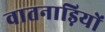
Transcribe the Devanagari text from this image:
वातनाड़ियों